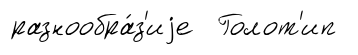
разнообра́з'иjе Голот'ип